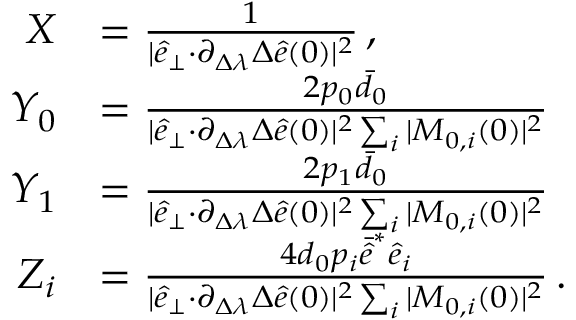
\begin{array} { r l } { X } & { = \frac { 1 } { \vert \hat { e } _ { \perp } { \cdot } \partial _ { \Delta \lambda } \Delta \hat { e } ( 0 ) \vert ^ { 2 } } \, , } \\ { Y _ { 0 } } & { = \frac { 2 p _ { 0 } \bar { d } _ { 0 } } { \vert \hat { e } _ { \perp } { \cdot } \partial _ { \Delta \lambda } \Delta \hat { e } ( 0 ) \vert ^ { 2 } \sum _ { i } \vert M _ { 0 , i } ( 0 ) \vert ^ { 2 } } } \\ { Y _ { 1 } } & { = \frac { 2 p _ { 1 } \bar { d } _ { 0 } } { \vert \hat { e } _ { \perp } { \cdot } \partial _ { \Delta \lambda } \Delta \hat { e } ( 0 ) \vert ^ { 2 } \sum _ { i } \vert M _ { 0 , i } ( 0 ) \vert ^ { 2 } } } \\ { Z _ { i } } & { = \frac { 4 d _ { 0 } p _ { i } \bar { \hat { e } } ^ { * } \hat { e } _ { i } } { \vert \hat { e } _ { \perp } { \cdot } \partial _ { \Delta \lambda } \Delta \hat { e } ( 0 ) \vert ^ { 2 } \sum _ { i } \vert M _ { 0 , i } ( 0 ) \vert ^ { 2 } } \, . } \end{array}